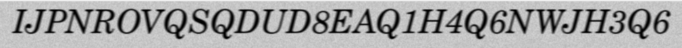
IJPNROVQSQDUD8EAQ1H4Q6NWJH3Q6